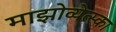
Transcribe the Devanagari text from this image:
माझोव्येत्स्का